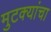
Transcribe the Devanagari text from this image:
मुटक्यांचा